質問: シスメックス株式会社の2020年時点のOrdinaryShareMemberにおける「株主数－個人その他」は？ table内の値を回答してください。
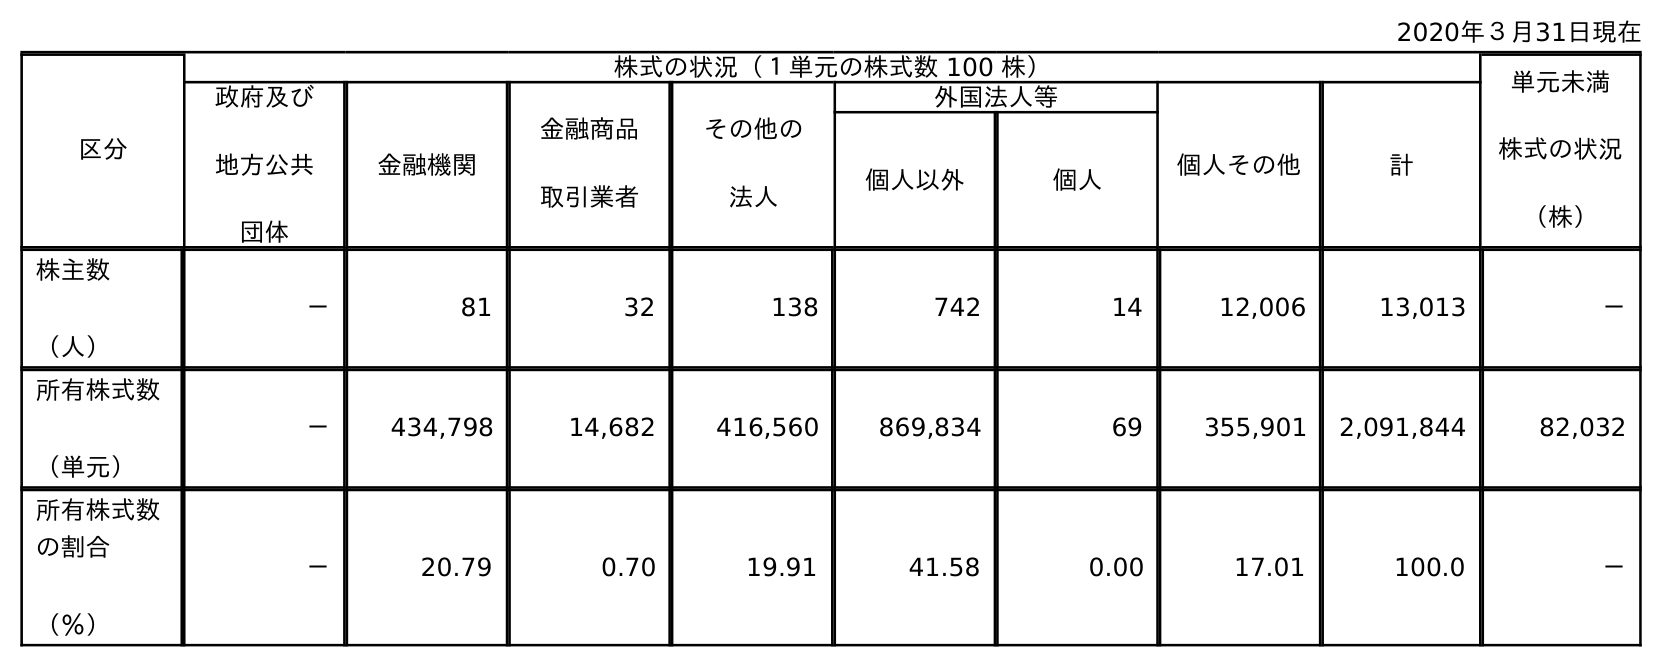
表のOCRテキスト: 2020年３月31日現在 区分 株式の状況（１単元の株式数 100 株） 単元未満 株式の状況 （株） 政府及び 地方公共 団体 金融機関 金融商品 取引業者 その他の 法人 外国法人等 個人その他 計 個人以外 個人 株主数 （人） － 81 32 138 742 14 12,006 13,013 － 所有株式数 （単元） － 434,798 14,682 416,560 869,834 69 355,901 2,091,844 82,032 所有株式数 の割合 （％） － 20.79 0.70 19.91 41.58 0.00 17.01 100.0 －
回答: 12,006